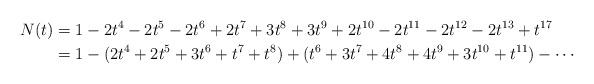
LaTeX: \begin{align*} N(t) &= 1 - 2t^4 - 2t^5 - 2t^6 + 2t^7 + 3t^8 + 3t^9 + 2t^{10} - 2t^{11} - 2t^{12} - 2t^{13} + t^{17} \\ &= 1 - (2t^4 + 2t^5 + 3t^6 + t^7 + t^8) + (t^6 + 3t^7 + 4t^8 + 4t^9 + 3t^{10} + t^{11}) - \cdots \end{align*}